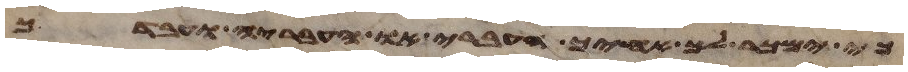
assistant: כי ימכר לך אחיך העברי או העבריה ועבדך